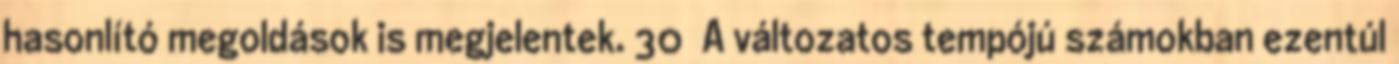
hasonlító megoldások is megjelentek. 30 A változatos tempójú számokban ezentúl